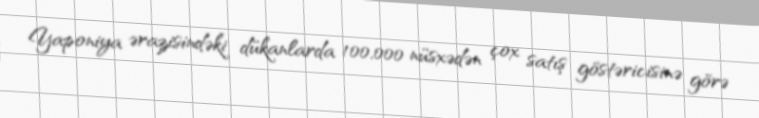
Yaponiya ərazisindəki dükanlarda 100,000 nüsxədən çox satış göstəricisinə görə